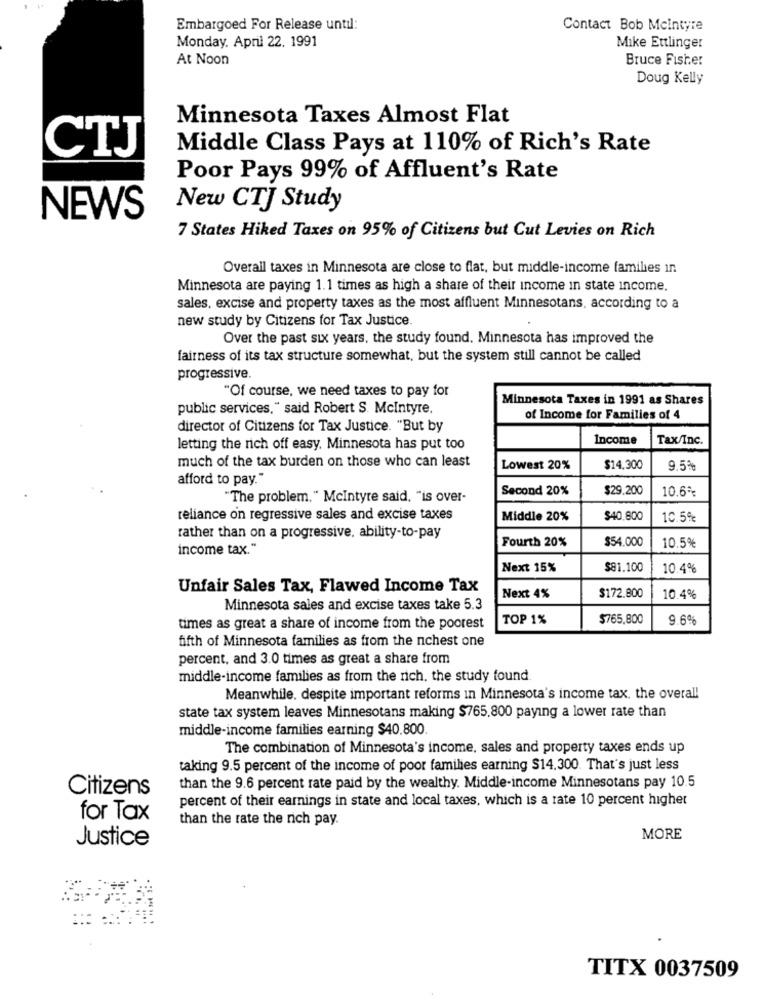
Embargoed For Release until:
Contact Bob Mcintyre
Monday, April 22. 1991
Mike Ettlinger
At Noon
Bruce Fisher
Doug Kelly
Minnesota Taxes Almost Flat
CTJ
Middle Class Pays at 110% of Rich's Rate
Poor Pays 99% of Affluent's Rate
New CTJ Study
NEWS
7 States Hiked Taxes on 95% of Citizens but Cut Levies on Rich
Overall taxes in Minnesota are close to flat, but middle-income families in
Minnesota are paying 1.1 times as high a share of their income in state income.
sales, excise and property taxes as the most affluent Minnesotans, according to a
new study by Citizens for Tax Justice.
Over the past six years, the study found. Minnesota has improved the
fairness of its tax structure somewhat, but the system still cannot be called
progressive.
"Of course, we need taxes to pay for
Minnesota Taxes in 1991 as Shares
public services," said Robert S. Mcintyre.
of Income for Families of 4
director of Citizens for Tax Justice. "But by
Income
Tax/Inc.
letting the rich off easy, Minnesota has put too
much of the tax burden on those who can least
Lowest 20%
$14.300
9.5%
afford to pay."
Second 20%
$29.200
10.6%
"The problem. " Mcintyre said, "is over-
reliance on regressive sales and excise taxes
Middle 20%
$40.800
10.5%
rather than on a progressive, ability-to-pay
Fourth 20%
$54.000
income tax."
10.5%
Next 15%
$81.100
10.4%
Unfair Sales Tax, Flawed Income Tax
Next 4%
$172.800
10.4%
Minnesota sales and excise taxes take 5.3
TOP 1%
$765.800
9.6%
times as great a share of income from the poorest
fifth of Minnesota families as from the nchest one
percent, and 3.0 times as great a share from
middle-income families as from the rich, the study found
Meanwhile. despite important reforms in Minnesota's income tax. the overall
state tax system leaves Minnesotans making $765.800 paying a lower rate than
middle-income families earning $40.800
The combination of Minnesota's income, sales and property taxes ends up
taking 9.5 percent of the income of poor families earning $14.300. That's just less
Citizens
than the 9.6 percent rate paid by the wealthy. Middle-income Minnesotans pay 10.5
percent of their earnings in state and local taxes, which is a rate 10 percent higher
for Tax
than the rate the nich pay.
Justice
MORE
TITX 0037509